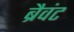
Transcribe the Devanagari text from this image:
ब्रैवंट